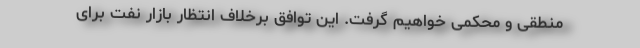
منطقی و محکمی خواهیم گرفت. این توافق برخلاف انتظار بازار نفت برای